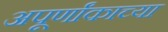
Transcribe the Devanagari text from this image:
अपूर्णांकाच्या